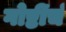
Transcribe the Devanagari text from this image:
गोष्टींचं